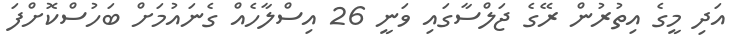
އަދި މީގެ އިތުރުން ރޭގެ ޖަލްސާގައި ވަނީ 26 އިސްލާހެއް ގެނައުމަށް ބަހުސްކޮށްފަ